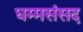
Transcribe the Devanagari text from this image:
धम्मसंसद